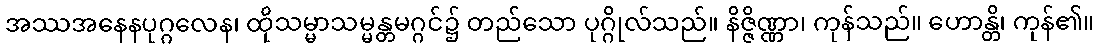
အဿအနေနပုဂ္ဂလေန၊ ထိုသမ္မာသမ္မန္တမဂ္ဂင်၌ တည်သော ပုဂ္ဂိုလ်သည်။ နိဇ္ဇိဏ္ဏာ၊ ကုန်သည်။ ဟောန္တိ၊ ကုန်၏။